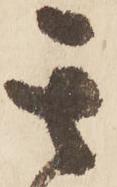
其